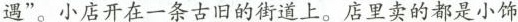
遇”。小店开在一条古旧的街道上。店里卖的都是小饰